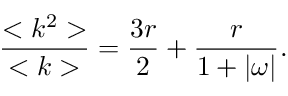
\frac { < k ^ { 2 } > } { < k > } = \frac { 3 r } { 2 } + \frac { r } { 1 + | \omega | } .